Indian journal of veterinary science and animal husbandry - Volume 8,
Year: 1938
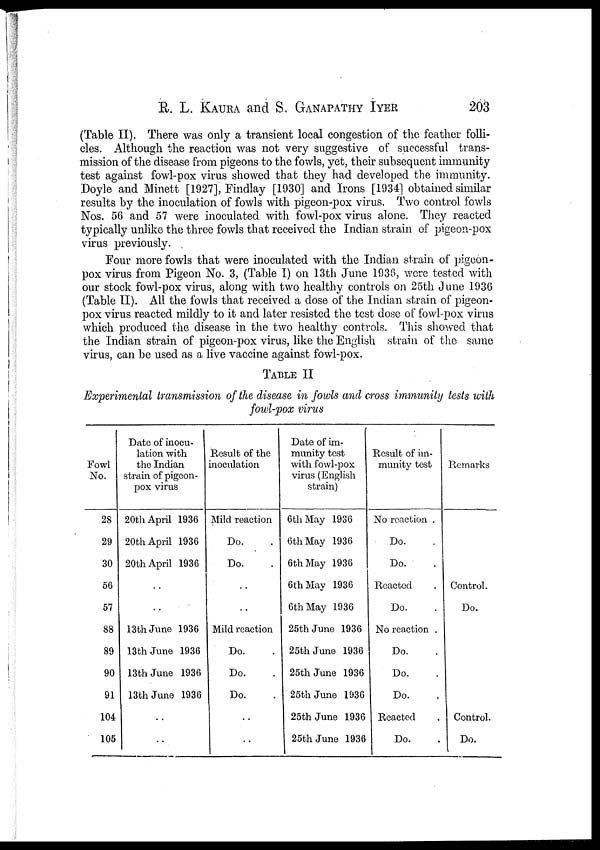
R. L. KAURA and S. GANAPATHY IYER 203
(Table II). There was only a transient local congestion of the feather folli-
cles. Although the reaction was not very suggestive of successful trans-
mission of the disease from pigeons to the fowls, yet, their subsequent immunity
test against fowl-pox virus showed that they had developed the immunity.
Doyle and Minett [1927], Findlay [1930] and Irons [1934] obtained similar
results by the inoculation of fowls with pigeon-pox virus. Two control fowls
Nos. 56 and 57 were inoculated with fowl-pox virus alone. They reacted
typically unlike the three fowls that received the Indian strain of pigeon-pox
virus previously.
Four more fowls that were inoculated with the Indian, strain of pigeon-
pox virus from Pigeon No. 3, (Table I) on 13th June 1936, were tested with
our stock fowl-pox virus, along with two healthy controls on 25th June 1936
(Table II). All the fowls that received a dose of the Indian strain of pigeon-
pox virus reacted mildly to it and later resisted the test dose of fowl-pox virus
which produced the disease in the two healthy controls. This showed that
the Indian strain of pigeon-pox virus, like the English strain of the same
virus, can be used as a live vaccine against fowl-pox.
TABLE II
Experimental transmission of the disease in fowls and cross immunity tests with
fowl-pox virus
Fowl
No.
28
29
30
56
57
88
89
90
91
104
105
Date of inocu-
lation with
the Indian
strain of pigeon-
pox virus
20th April 1936
20th April 1936
20th April 1936
. .
. .
13th June 1936
13th June 1936
13th June 1936
13th June 1936
. .
. .
Result of the
inoculation
Mild reaction
Do. . .
Do. . .
. .
. .
Mild reaction
Do. .
Do. .
Do.
. .
. .
Date of im-
munity test
with fowl-pox
virus (English
strain)
6th May 1936
6th May 1936
6th May 1936
6th May 1936
6th May 1936
25th June 1936
25th June 1936
25th June 1936
25th June 1936
25th June 1936
25th June 1936
Result of im-
munity test
No reaction .
Do.
Do.
Reacted
Do.
No reaction .
Do.
Do.
Do.
Reacted
Do.
Remarks
Control.
Do.
Control.
Do.